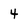
Character: 4